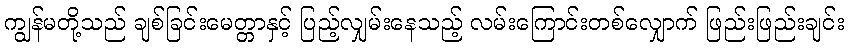
ကျွန်မတို့သည် ချစ်ခြင်းမေတ္တာနှင့် ပြည့်လျှမ်းနေသည့် လမ်းကြောင်းတစ်လျှောက် ဖြည်းဖြည်းချင်း